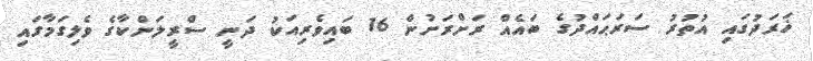
ޚަރަދުގައި އުތުރު ސަރަޙައްދުގެ ބައެއް ރަށްރަށުން 16 ބައިވެރިއަކު ދަނީ ސްރީލަންކާގެ ވެލިގަމާގައި